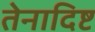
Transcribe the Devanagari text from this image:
तेनादिष्ट